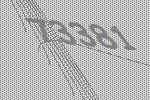
73381